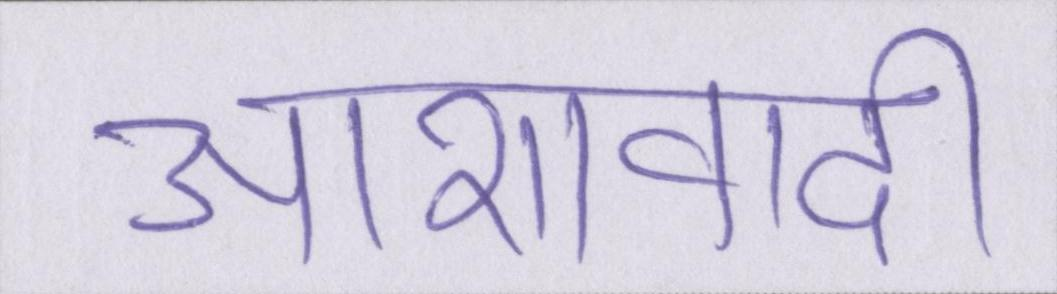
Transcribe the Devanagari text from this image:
आशावादी